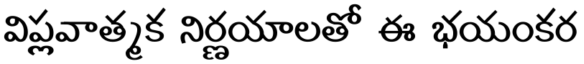
విప్లవాత్మక నిర్ణయాలతో ఈ భయంకర